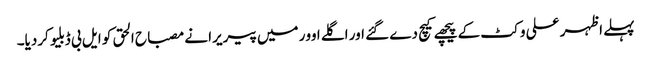
پہلے اظہر علی وکٹ کے پیچھے کیچ دے گئے اور اگلے اوور میں پیریرا نے مصباح الحق کو ایل بی ڈبلیو کردیا۔